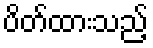
ပိတ်ထားသည့်